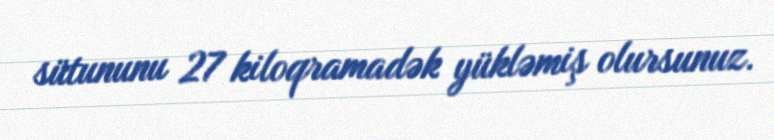
sütununu 27 kiloqramadək yükləmiş olursunuz.